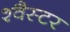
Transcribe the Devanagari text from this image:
श्वैस्टर